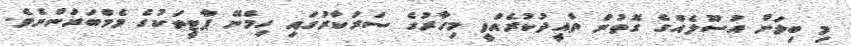
މި ބިލަށް އުސޫލެއްގެ ގޮތުން ތާއީދުކުރެއްވީ މިހާރުގެ ސަރުކާރުގައި ހިމެނޭ ޕާޓީތަކުގެ މެމްބަރުންނެވެ.